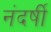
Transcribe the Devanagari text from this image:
नंदर्षी